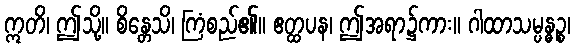
ဣတိ၊ ဤသို့။ စိန္တေသိ၊ ကြံစည်၏။ ဧတ္ထပန၊ ဤအရာ၌ကား။ ဂါထာသမ္ပန္ဓဉ္စ၊